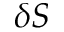
\delta S